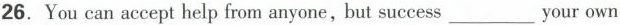
26.You can accept help from anyone, but success___your own